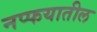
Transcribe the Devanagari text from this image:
नप्फयातील